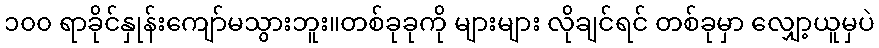
၁၀၀ ရာခိုင်နှုန်းကျော်မသွားဘူး။တစ်ခုခုကို များများ လိုချင်ရင် တစ်ခုမှာ လျှော့ယူမှပဲ